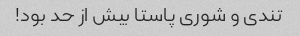
تندی و شوری پاستا بیش از حد بود!